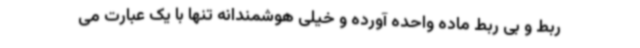
ربط و بی ربط ماده واحده آورده و خیلی هوشمندانه تنها با یک عبارت می